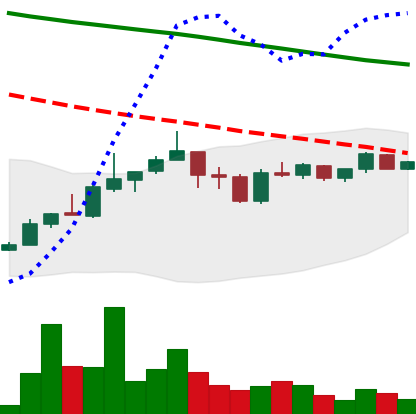
Ticker: ADA-USD
Chart end date: 2019-01-04
Forward return: 19.075%
Label: up_7plus